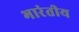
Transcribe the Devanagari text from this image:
भारंतीय